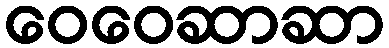
ဝေဝေဆာဆာ